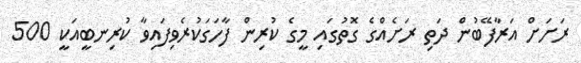
ރަށަށް އަރާފޭބުން ދަތި ރަށެއްގެ ގޮތުގައި މީގެ ކުރިން ފާހަގަަކުރެވިފައިވާ ކުރިނބީއަކީ 500